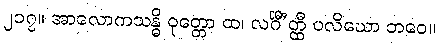
၂၁၇။ အာလောကသန္ဓိ ဝုတ္တော ထ၊ လင်္ဂီ’တ္ထီ ပလိဃော ဘဝေ။